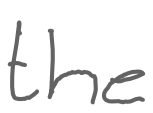
Text: the
Cross-out: clean
Writing tool: digital_gray